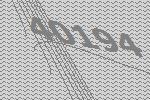
40194